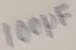
Text: 100µF